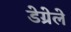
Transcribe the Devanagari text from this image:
डेग्रेले